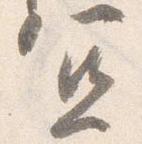
宜